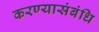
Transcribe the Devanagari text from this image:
करण्यासंबंधि